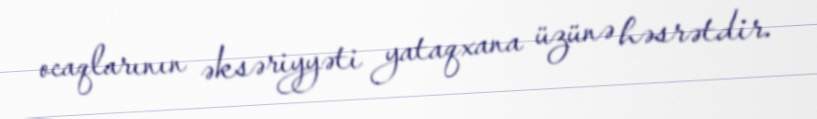
ocaqlarının əksəriyyəti yataqxana üzünə həsrətdir.